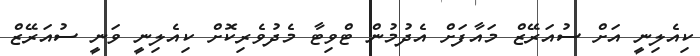
ކިއެލިނީ އަށް ސުއަރޭޒް މައާފަށް އެދުމުން ޓްވިޓާ މެދުވެރިކޮށް ކިއެލިނީ ވަނީ ސުއަރޭޒް